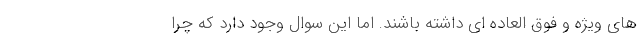
های ویژه و فوق العاده ای داشته باشند. اما این سوال وجود دارد که چرا